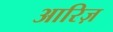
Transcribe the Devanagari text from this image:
आरिज़